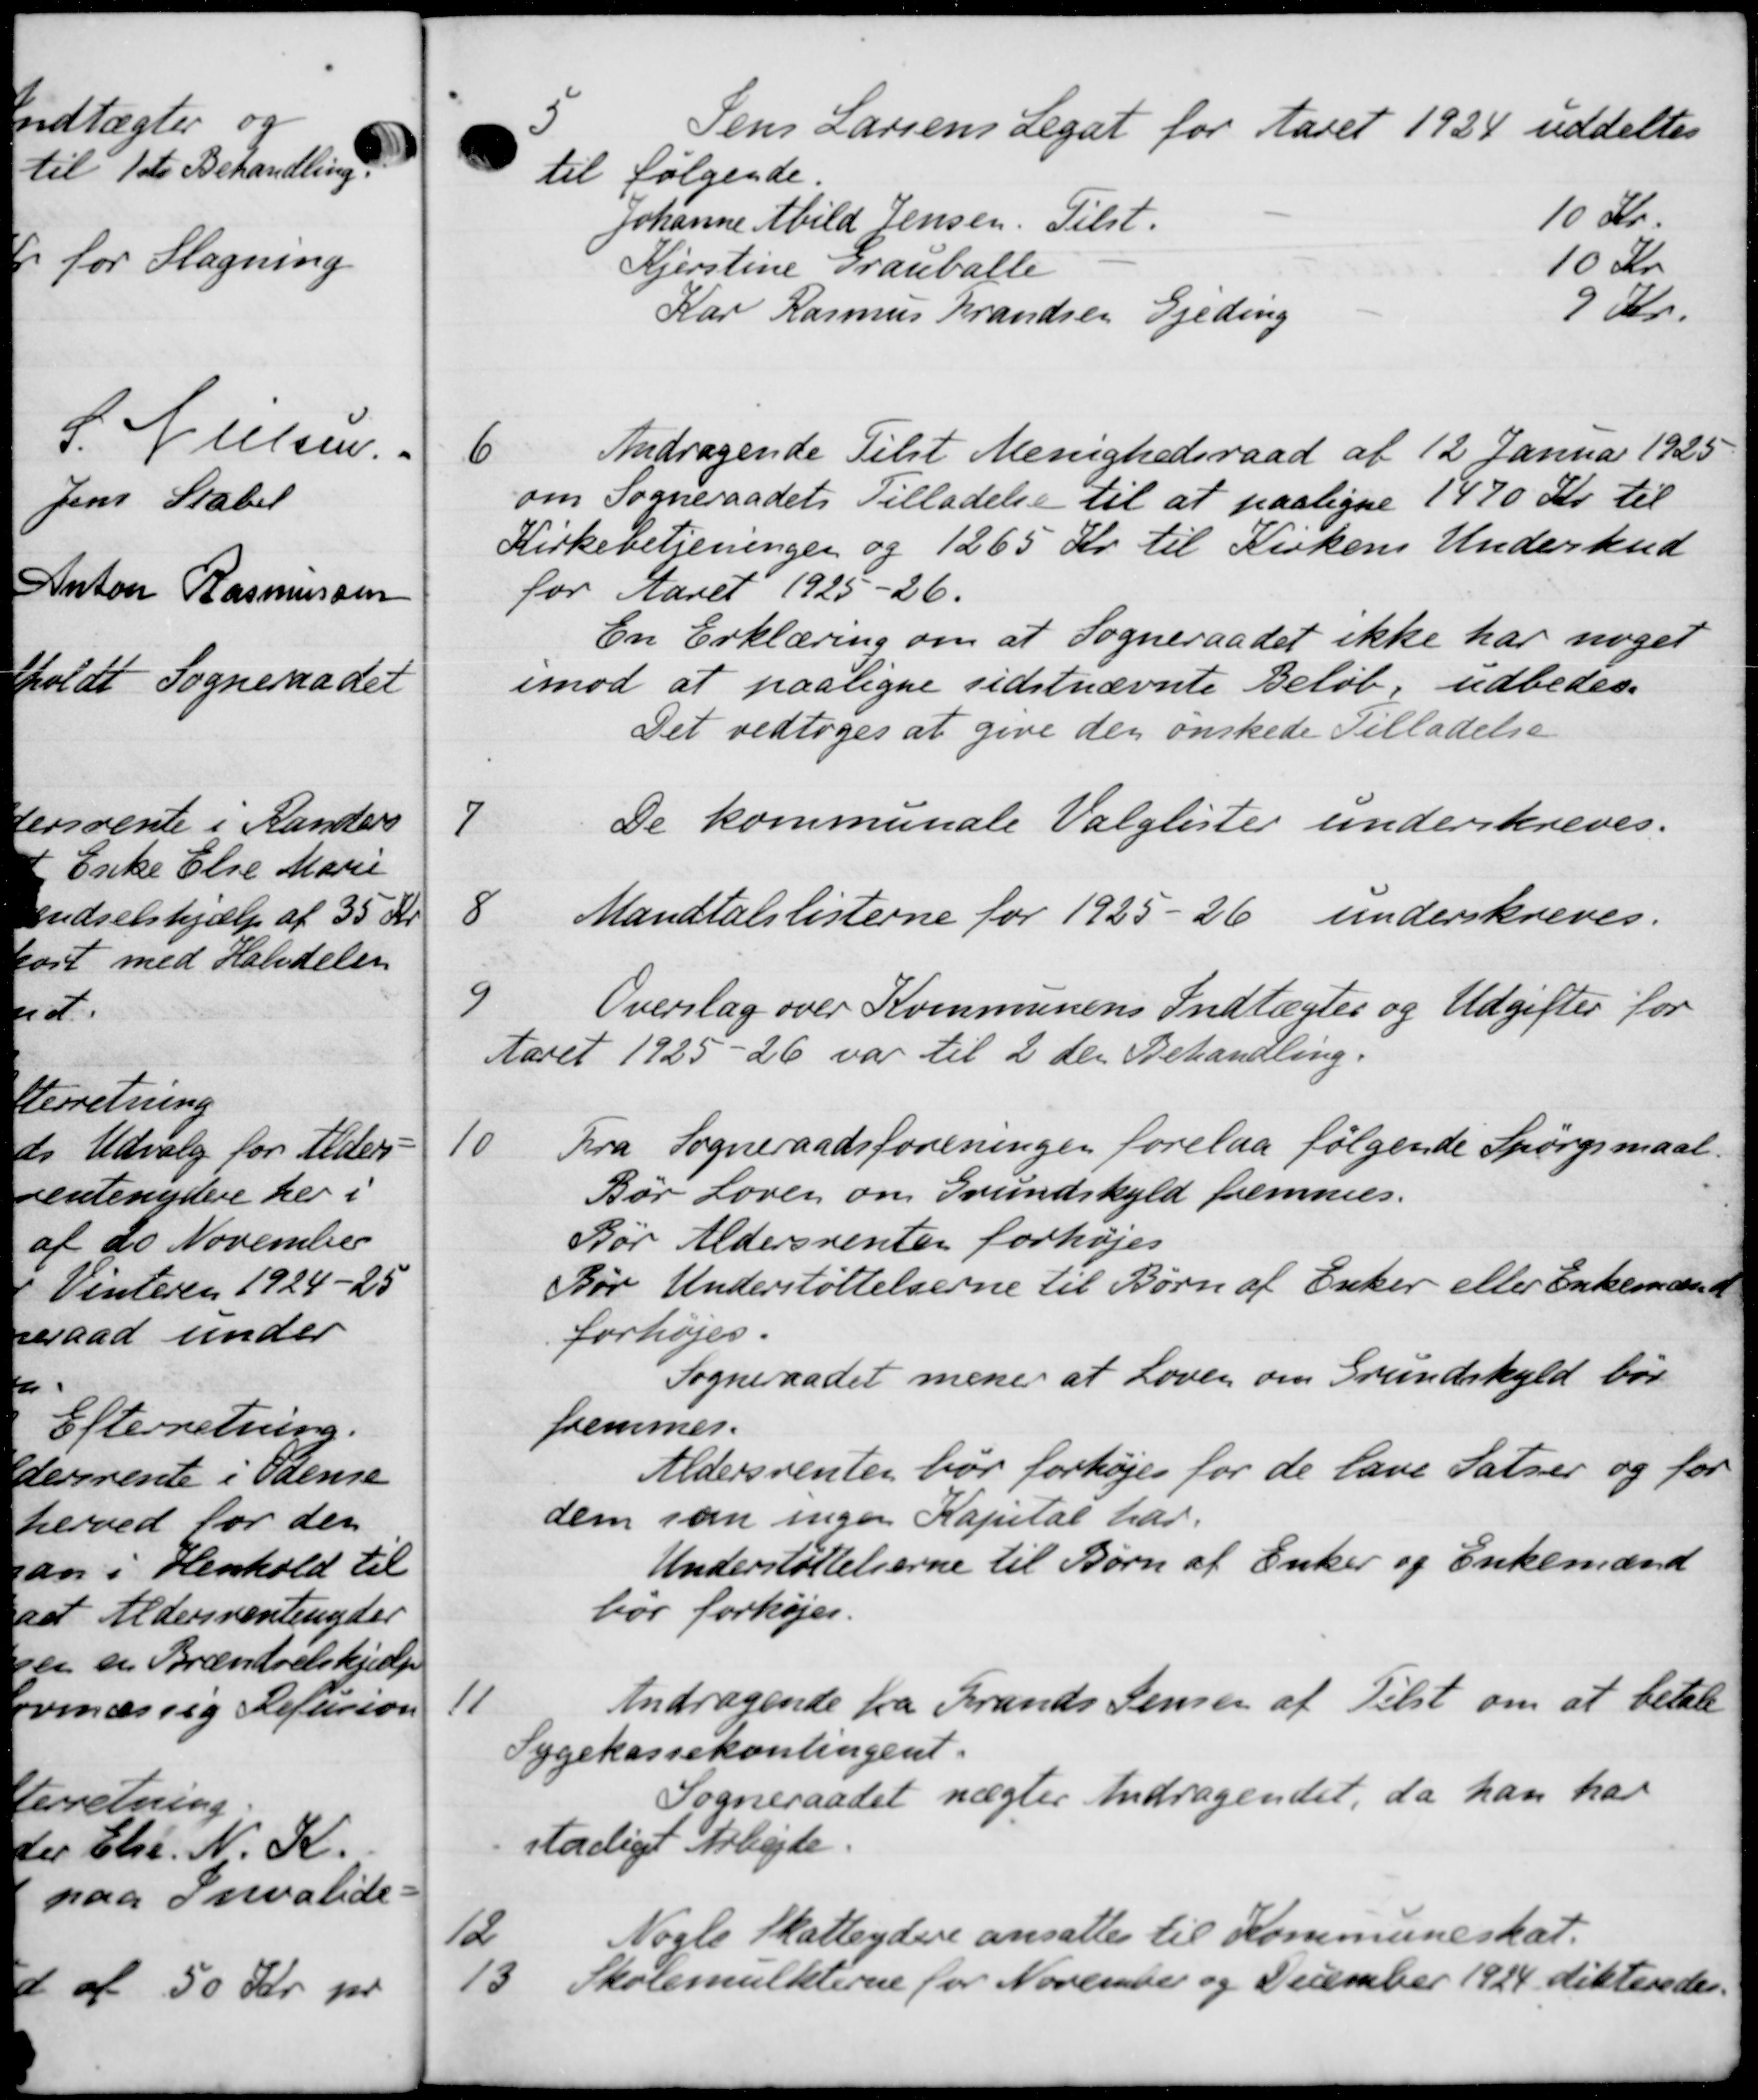
Transskription:
5
Jens Larsens Legat for Aaret 1924 uddeltes
til følgende.
Johanne Abild Jensen. Tilst. 10 Kr.
Kjerstine Grauballe 10 Kr
Kar Rasmus Frandsen Gjeding 9 Kr.
6
Andragende Tilst Menighedsraad af 12 Januar 1925
om Sogneraadets Tilladelse til at paaligne 1470 Kr. til
Kirkebetjeningen og 1265 Kr. til Kirkens Underskud
for Aaret 1925-26.
En Erklæring om at Sogneraadet ikke har noget
imod at paaligne sidstnævnte Beløb, udbedes.
Det vedtoges at give den ønskede Tilladelse
7
De kommunale Valglister underskreves.
8
Mandtalslisterne for 1925-26 underskreves.
9
Overslag over Kommunens Indtægter og Udgifter for
Aaret 1925-26 var til 2 den Behandling.
10
Fra Sogneraadsforeningen forelaa følgende Spørgsmaal.
Bør Loven om Grundskyld fremmes.
Før Aldersrenten forhøjes
Før Understøttelserne til Børn af Enker eller Enkemænd
forhøjes.
Sogneraadet mene at Loven om Grundskyld bør
fremmer.
Aldersrenten bør forhøjes for de lave Patser og for
dem som ingen Kapital har.
Understøttelserne til Børn af Enker og Enkemænd
bør forhøjes.
11
Andragende fra Frands Jensen af Tilst om at betale
Sygekassekontingent.
Sogneraadet nægter Andragendet, da han har
stadigt Arbejde.
12
Nogle Skatteydere ansattes til Kommuneskat.
13
Skolemulkterne for November og December 1924 dikteredes.